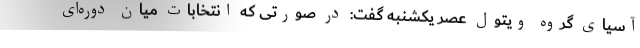
آسیای گروه ویتول عصر یکشنبه گفت: در صورتی که انتخابات میان دوره‌ای